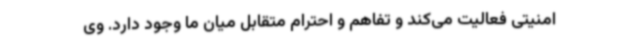
امنیتی فعالیت می‌کند و تفاهم و احترام متقابل میان ما وجود دارد. وی